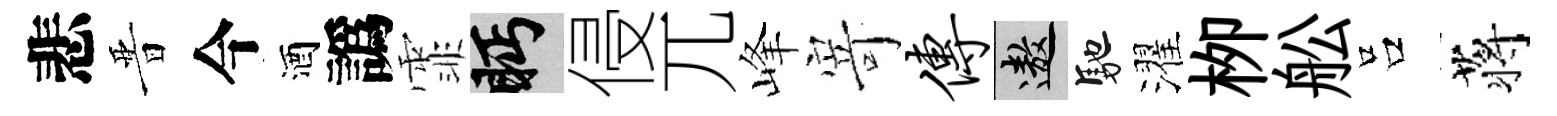
悲晋今酒譌霏眄侵兀峰𭔃传遨馳濯栁舩吕蒋